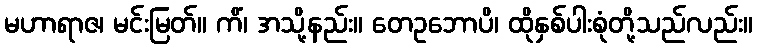
မဟာရာဇ၊ မင်းမြတ်။ ကိံ၊ အသို့နည်း။ တေဥဘောပိ၊ ထိုနှစ်ပါးစုံတို့သည်လည်း။